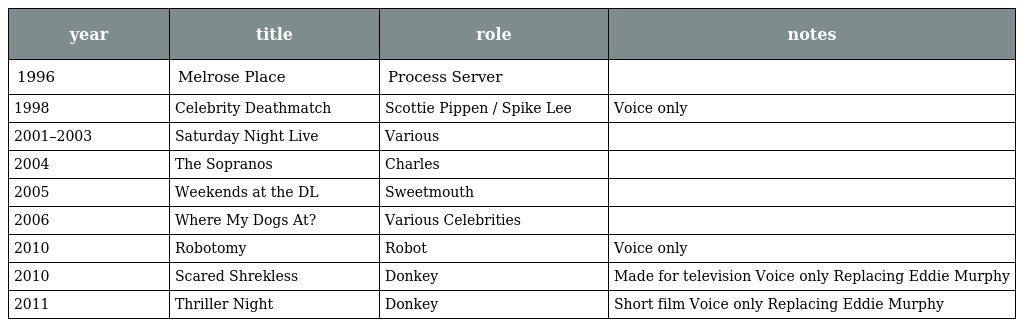
| year | title | role | notes |
 | --- | --- | --- | --- |
 | 1996 | Melrose Place | Process Server |  |
 | 1998 | Celebrity Deathmatch | Scottie Pippen / Spike Lee | Voice only |
 | 2001–2003 | Saturday Night Live | Various |  |
 | 2004 | The Sopranos | Charles |  |
 | 2005 | Weekends at the DL | Sweetmouth |  |
 | 2006 | Where My Dogs At? | Various Celebrities |  |
 | 2010 | Robotomy | Robot | Voice only |
 | 2010 | Scared Shrekless | Donkey | Made for television Voice only Replacing Eddie Murphy |
 | 2011 | Thriller Night | Donkey | Short film Voice only Replacing Eddie Murphy |